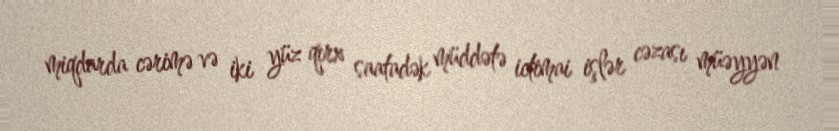
miqdarda cərimə və iki yüz qırx saatadək müddətə ictimai işlər cəzası müəyyən